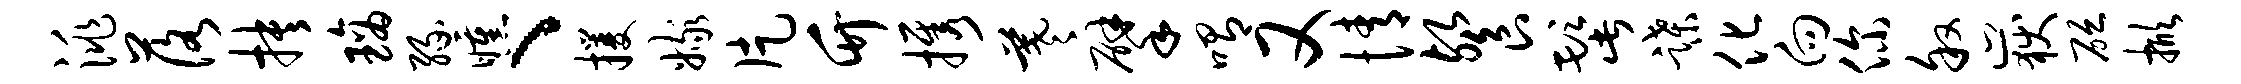
洮落抉璃缘曛、攫嫁片竹携羲擘喟又情餐髭蹀化向你叙岳砭掀